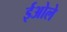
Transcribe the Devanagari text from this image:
ईओले